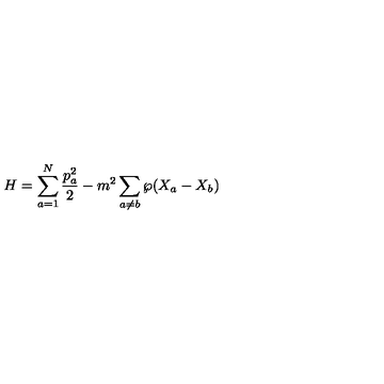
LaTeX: H = \sum _ { a = 1 } ^ { N } \frac { p _ { a } ^ { 2 } } { 2 } - m ^ { 2 } \sum _ { a \neq b } { \wp } ( X _ { a } - X _ { b } )